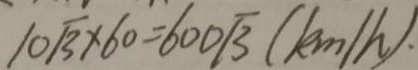
1 0 \sqrt { 3 } \times 6 0 = 6 0 0 \sqrt { 3 } ( k m / h ) .